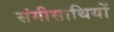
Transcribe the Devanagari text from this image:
संगीसाथियों